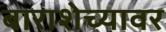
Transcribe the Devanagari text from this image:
बाराशेच्यावर